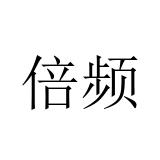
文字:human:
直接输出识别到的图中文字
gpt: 倍频